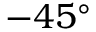
- 4 5 ^ { \circ }